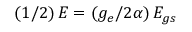
\left( 1 / 2 \right) E = \left( g _ { e } / 2 \alpha \right) E _ { g s }